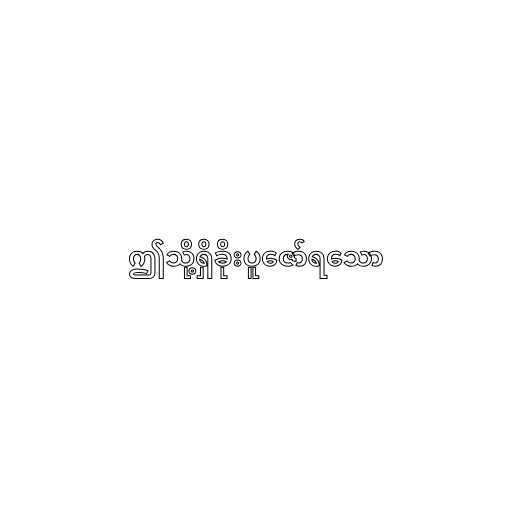
ဤသို့ရှိခိုးပူဇော်ရသော